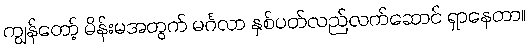
ကျွန်တော့် မိန်းမအတွက် မင်္ဂလာ နှစ်ပတ်လည်လက်ဆောင် ရှာနေတာ။